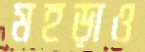
মহড়াও